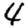
Digit: 4